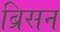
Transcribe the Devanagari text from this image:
ब्रिसन